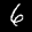
Label: 6